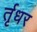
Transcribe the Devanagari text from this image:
र्तृधर